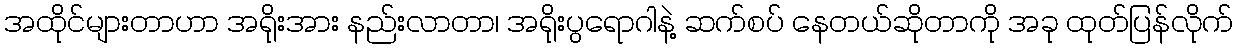
အထိုင်များတာဟာ အရိုးအား နည်းလာတာ၊ အရိုးပွရောဂါနဲ့ ဆက်စပ် နေတယ်ဆိုတာကို အခု ထုတ်ပြန်လိုက်